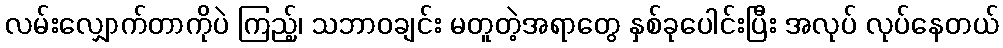
လမ်းလျှောက်တာကိုပဲ ကြည့်၊ သဘာဝချင်း မတူတဲ့အရာတွေ နှစ်ခုပေါင်းပြီး အလုပ် လုပ်နေတယ်